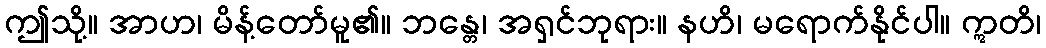
ဤသို့။ အာဟ၊ မိန့်တော်မူ၏။ ဘန္တေ၊ အရှင်ဘုရား။ နဟိ၊ မရောက်နိုင်ပါ။ ဣတိ၊